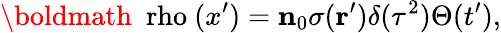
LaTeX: \mathrm{\boldmath~\ rho~}(x^{\prime})={\mathbf n}_{0}\sigma({\mathbf r^{\prime}})\delta(\tau^{2})\Theta(t^{\prime}),